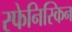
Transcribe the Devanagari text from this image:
स्फेनिस्किन